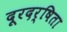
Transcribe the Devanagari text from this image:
दूरदर्षिता